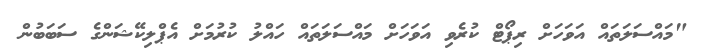
"މައްސަލަތައް އަަވަހަށް ރިޕޯޓް ކުރެވި އަވަހަށް މައްސަލަތައް ހައްލު ކުރުމަށް އެޕްލިކޭޝަންގެ ސަބަބުން